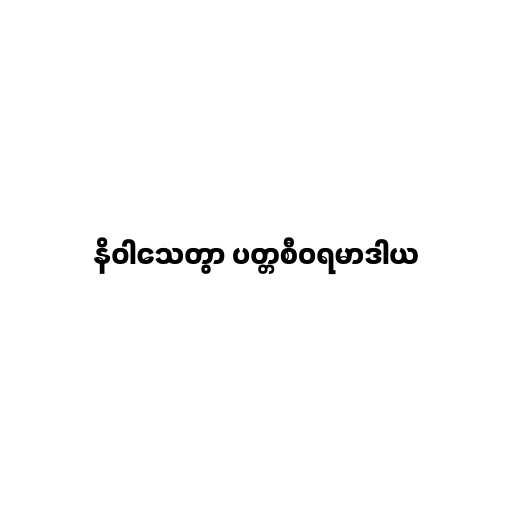
နိဝါသေတွာ ပတ္တစီဝရမာဒါယ